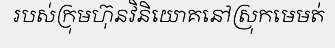
របស់ក្រុមហ៊ុនវិនិយោគនៅស្រុកមេមត់